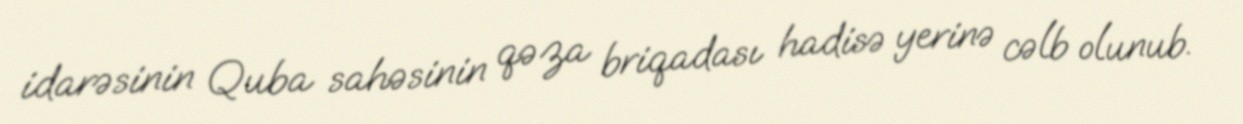
idarəsinin Quba sahəsinin qəza briqadası hadisə yerinə cəlb olunub.